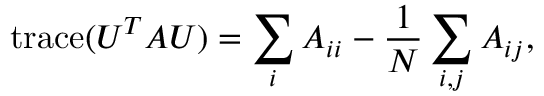
\mathrm { t r a c e } ( U ^ { T } A U ) = \sum _ { i } { A _ { i i } } - \frac { 1 } { N } \sum _ { i , j } { A _ { i j } } ,